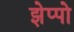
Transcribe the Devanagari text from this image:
झेप्पो